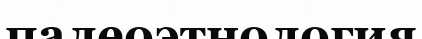
палеоэтнология